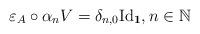
LaTeX: \begin{align*}\varepsilon _{A}\circ \alpha _{n}V=\delta _{n,0}\mathrm{Id}_{\mathbf{1}},n\in \mathbb{N} \end{align*}